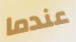
عندما